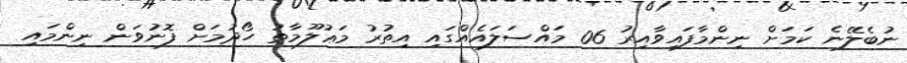
ނުބެލޭނެ ކަމަށް ނިންމާފައިވާއިރު 06 މައްސަލައެއްގައި އިތުރު މަޢުލޫމާތު ހޯދުމަށް ފޮނުވަން ނިންމައި